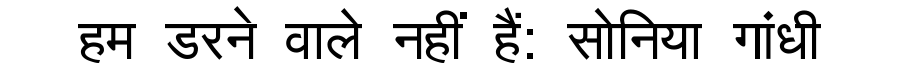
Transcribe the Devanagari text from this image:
हम डरने वाले नहीं हैं: सोनिया गांधी